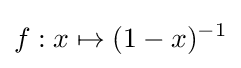
f:x\mapsto (1-x)^{-1}